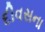
દીવસના